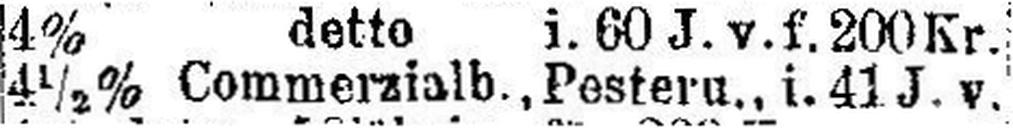
4½% Commerzialb., Pesteru., i. 41 J. v.